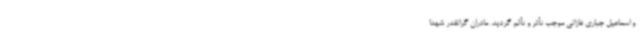
و اسماعیل جباری غازانی موجب تأثر و تألم گردید. مادران گرانقدر شهدا